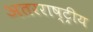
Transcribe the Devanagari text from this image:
अतरराष्ट्रीय